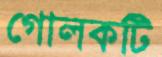
গোলকটি